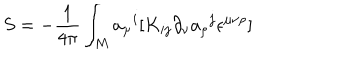
S = - { \frac { 1 } { 4 \pi } } \int _ { M } { a _ { \mu } } ^ { i } [ K _ { i j } \partial _ { \nu } { a _ { \rho } } ^ { j } \epsilon ^ { \mu \nu \rho } ]